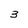
Character: 3